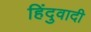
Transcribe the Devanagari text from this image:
हिंदुवादी